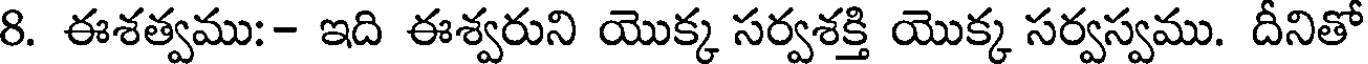
8. ఈశత్వము:- ఇది ఈశ్వరుని యొక్క సర్వశక్తి యొక్క సర్వస్వము. దీనితో